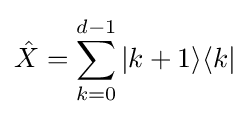
{\hat {X}}=\sum _{k=0}^{d-1}|k+1\rangle \langle k|